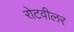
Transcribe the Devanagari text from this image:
रोटवीलर